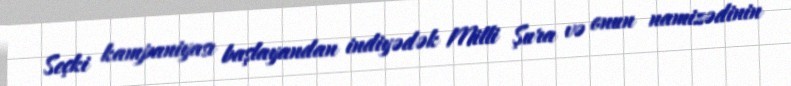
Seçki kampaniyası başlayandan indiyədək Milli Şura və onun namizədinin